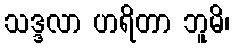
သဒ္ဒလာ ဟရိတာ ဘူမိ၊